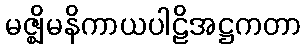
မဇ္ဈိမနိကာယပါဠိအဋ္ဌကတာ